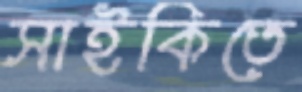
সাইকিতে